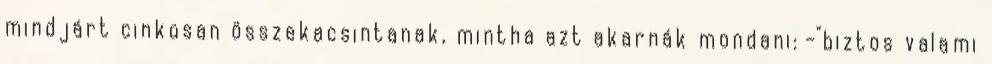
mindjárt cinkosan összekacsintanak, mintha azt akarnák mondani: -"biztos valami